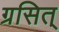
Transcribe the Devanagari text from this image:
ग्रसित्